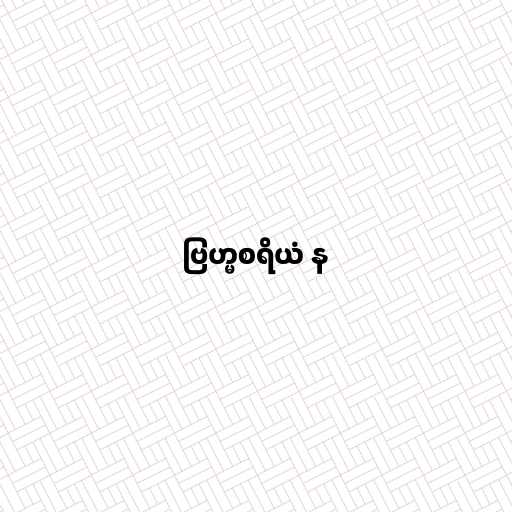
ဗြဟ္မစရိယံ န